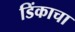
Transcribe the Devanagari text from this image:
डिंकाचा